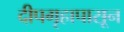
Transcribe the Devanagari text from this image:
दीपगृहापासून